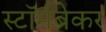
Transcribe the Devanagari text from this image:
स्टॉर्मब्रेकर